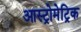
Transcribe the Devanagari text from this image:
आस्ट्रोमेट्रिक